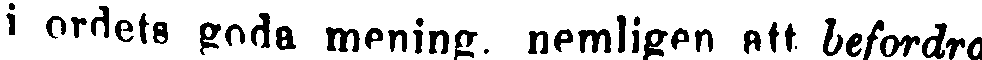
i ordets goda mening, nemligen att befordra